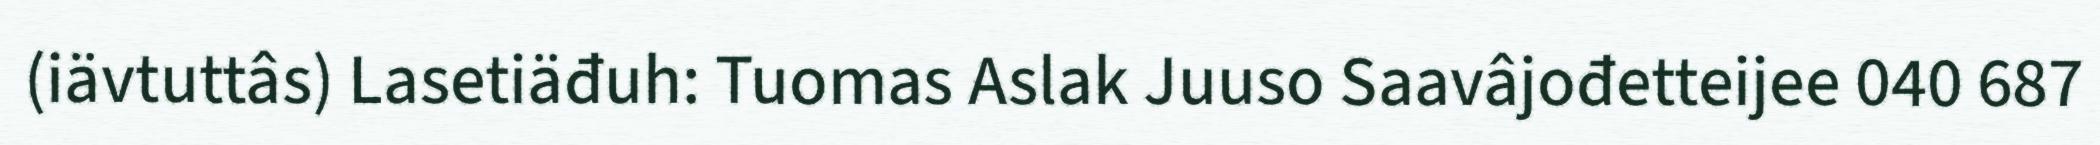
(iävtuttâs) Lasetiäđuh: Tuomas Aslak Juuso Saavâjođetteijee 040 687